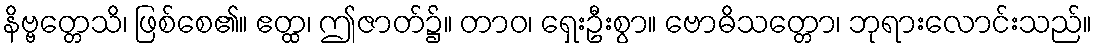
နိဗ္ဗတ္တေသိ၊ ဖြစ်စေ၏။ ဧတ္ထ၊ ဤဇာတ်၌။ တာဝ၊ ရှေးဦးစွာ။ ဗောဓိသတ္တော၊ ဘုရားလောင်းသည်။